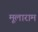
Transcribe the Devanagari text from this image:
मूलाराम